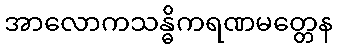
အာလောကသန္ဓိကရဏမတ္တေန